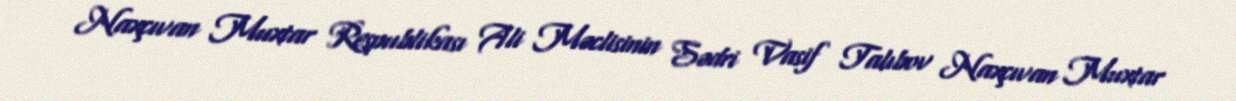
Naxçıvan Muxtar Respublikası Ali Məclisinin Sədri Vasif Talıbov Naxçıvan Muxtar